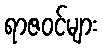
ရာဇဝင်များ